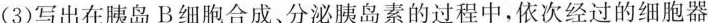
(3)写出在胰岛B细胞合成。分泌胰岛素的过程中，依次经过的细胞器